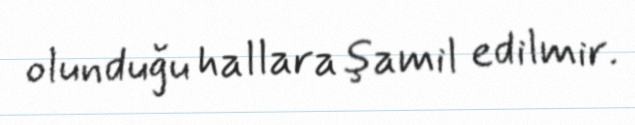
olunduğu hallara şamil edilmir.